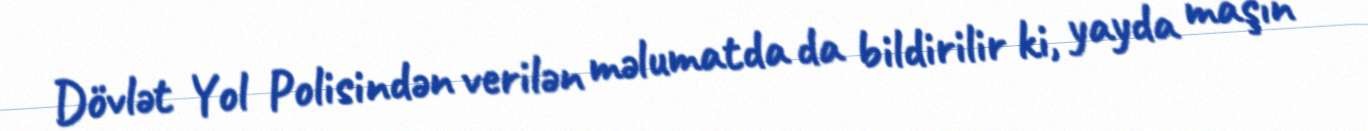
Dövlət Yol Polisindən verilən məlumatda da bildirilir ki, yayda maşın